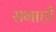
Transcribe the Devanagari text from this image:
सभाही